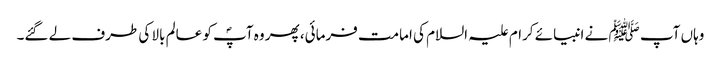
وہاں آپ ﷺ نے انبیائے کرام علیہ السلام کی امامت فرمائی، پھر وہ آپؐ کو عالم بالا کی طرف لے گئے۔